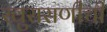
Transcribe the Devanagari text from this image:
खुरासणीची